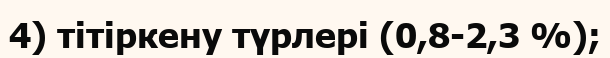
4) тітіркену түрлері (0,8-2,3 %);